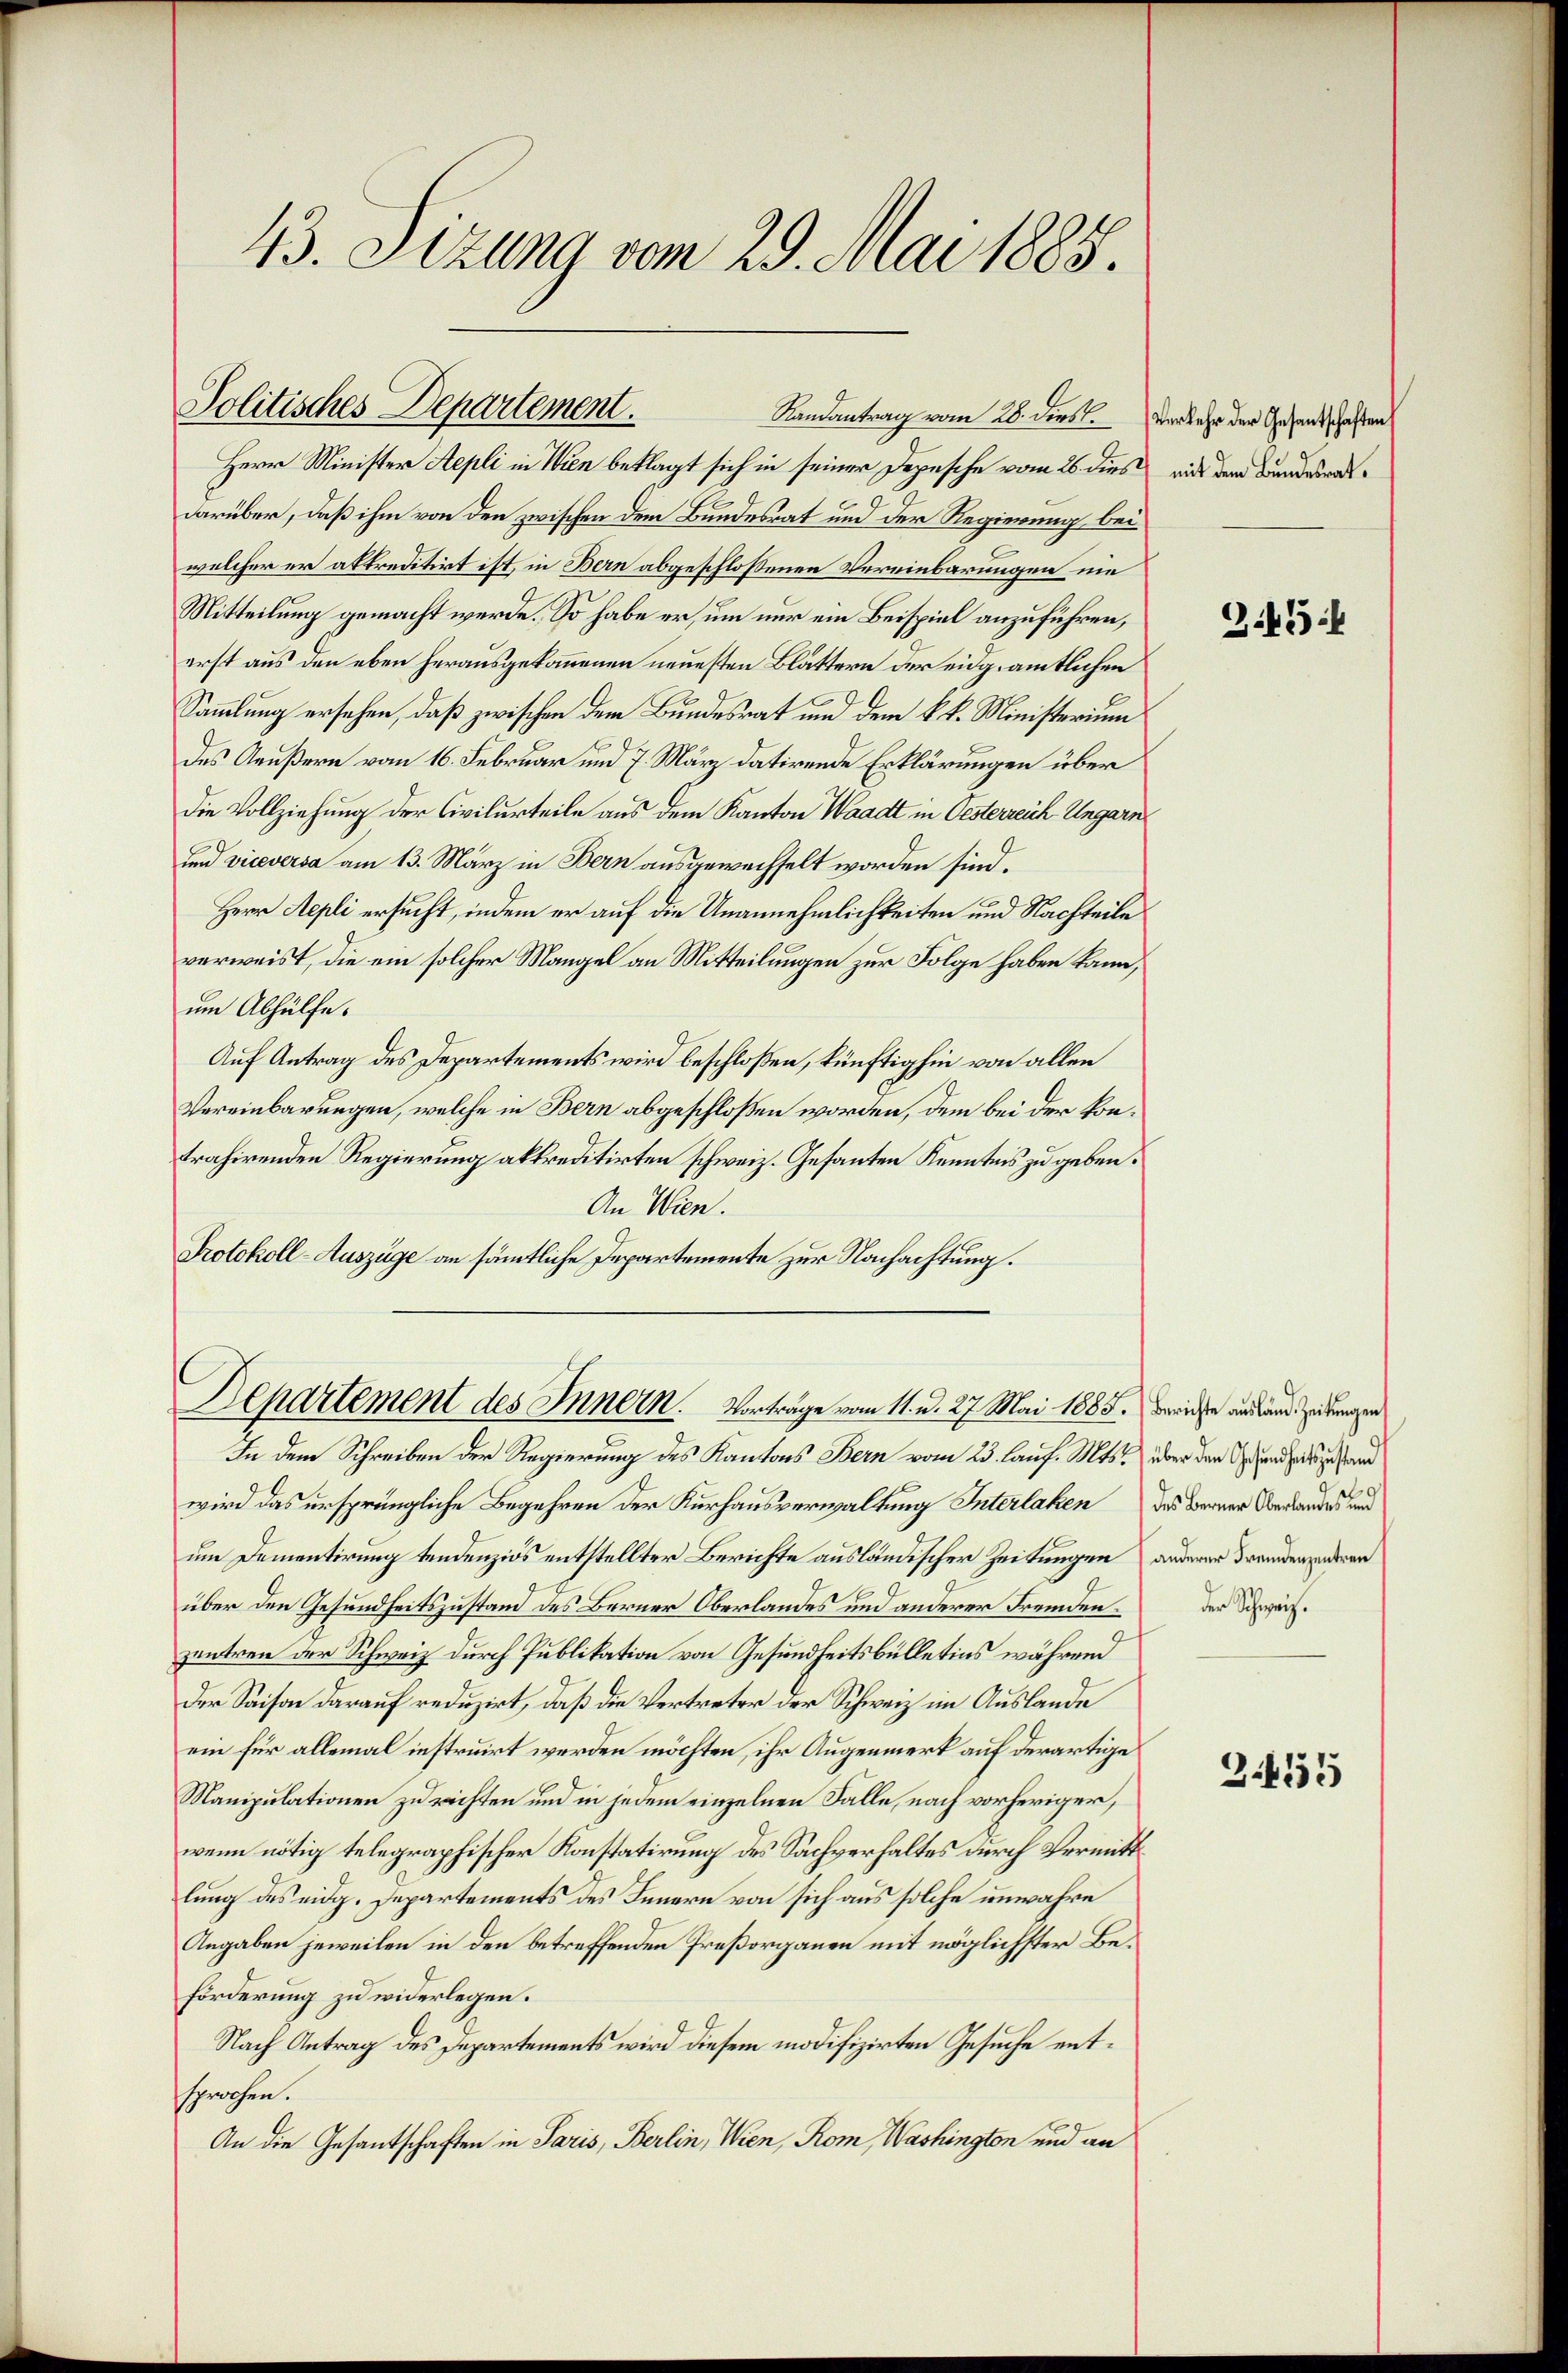
43. Sizung vom 29. Mai 1885.

Politisches Departement.
Randantrag vom 28. dies Verkehr der Gesandtschaften

Herr Minister Aepli in Wien beklagt sich in seiner Depesche vom 26. dies mit dem Bundesratdarüber, daß ihm von den zwischen dem Bundesrat und der Regierung bei
welcher er aktreditirt ist, in Bern abgeschloßenen Vereinbarungen nie
Mitteilung gemacht werde. So habe er, um nur ein Beispiel anzuführen,
erst aus den eben herausgekommenen neuesten Blättern der eidg. amtlichen
Sammlung ersehen, daß zwischen dem Bundesrat und dem k. k. Ministerium
des Aeußern vom 16. Februar und 7. März datirende Erklärungen über
die Vollziehung der Civilurteile aus dem Kanton Waadt in Oesterreich Ungarn
und viceversa am 13. März in Bern ausgewechselt worden sind.
Herr Aepli ersucht, indem er auf die Unannehmlichkeiten und Nachteile
verweist, die ein solcher Mangel an Mitteilungen zur Folge haben kann,
um Abhülfe.
Auf Antrag des Departements wird beschloßen, künftighin von allen
Vereinbarungen, welche in Bern abgeschloßen worden, dem bei der kontrahirenden Regierung akkreditirten schweiz. Gesanten Kenntnis zu geben.
An Wien.
Protokoll-Auszüge an sämmtliche Departemente zur Nachachtung.

Departement des Innern. Vorträge vom 11. d. 27. Mai 1885. Beriche andere Zeitungen

In dem Schreiben der Regierung des Kantons Bern vom 23. lauf. Mts. über den Gesundheits zustan
wird das ursprüngliche Begehren der Kurhausverwaltung Interlaken des Berner Überlandes und
um Damentirung tendenziös entstellter Berichte ausländischer Zeitungen anderer Freudenzenderen
über den Gesundheitszustand des Berner Oberlandes und anderer Fremdenzentren der Schweiz durch Publikation von Gesundheitsbülletins während
Der Saison darauf reduzirt, daß die Vertreter der Schweiz im Auslande
ein für allemal instruirt werden möchten, ihr Augenmerk auf derartige
Manipulationen zu richten und in jedem einzelnen Fälle, nach vorheriger,
wenn nötig telegraphischer Konstatirung des Sachverhaltes durch Vermittlung des eidg. Departements des Innern von sich aus solche unwahre
Angaben jeweilen in den betreffenden Preßorganen mit möglichster Be¬
Forderung zu widerlegen.
Nach Antrag des Departements wird diesem modifizirten Gesuche entsprochen.
An die Gesantschaften in Paris, Berlin, Wien, Rom, Washington und an

Z.45

e

der Schweiz.

24455